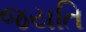
જયતિ